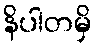
နိပါတမှိ